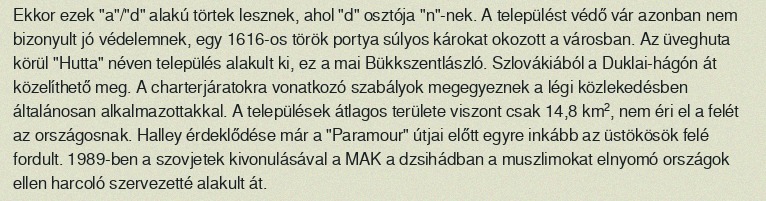
Ekkor ezek "a"/"d" alakú törtek lesznek, ahol "d" osztója "n"-nek. A települést védő vár azonban nem bizonyult jó védelemnek, egy 1616-os török portya súlyos károkat okozott a városban. Az üveghuta körül "Hutta" néven település alakult ki, ez a mai Bükkszentlászló. Szlovákiából a Duklai-hágón át közelíthető meg. A charterjáratokra vonatkozó szabályok megegyeznek a légi közlekedésben általánosan alkalmazottakkal. A települések átlagos területe viszont csak 14,8 km², nem éri el a felét az országosnak. Halley érdeklődése már a "Paramour" útjai előtt egyre inkább az üstökösök felé fordult. 1989-ben a szovjetek kivonulásával a MAK a dzsihádban a muszlimokat elnyomó országok ellen harcoló szervezetté alakult át.